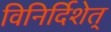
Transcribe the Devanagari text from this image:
विनिर्दिशेत्